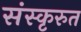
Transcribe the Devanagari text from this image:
संस्कृरुत